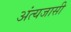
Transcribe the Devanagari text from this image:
अंत्यजासी